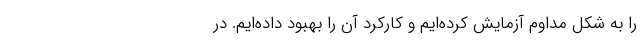
را به شکل مداوم آزمایش کرده‌ایم و کارکرد آن را بهبود داده‌ایم. در